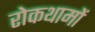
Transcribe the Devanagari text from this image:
रोकथामों